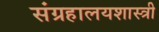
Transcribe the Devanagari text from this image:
संग्रहालयशास्त्री